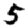
Digit: 5